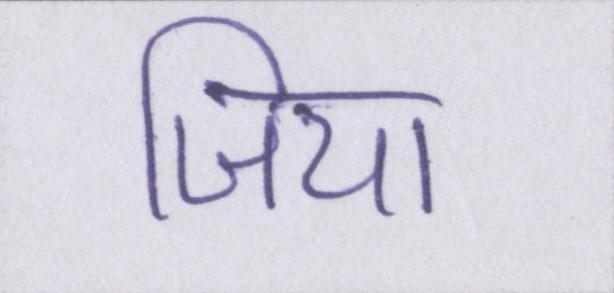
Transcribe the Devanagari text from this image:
जिया